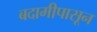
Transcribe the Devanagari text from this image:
बदामीपासून